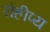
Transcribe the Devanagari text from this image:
रोहीप्य